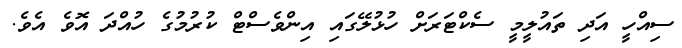
ސިއްހީ އަދި ތައުލީމީ ސެކްޓަރަށް ހުޅުލޭގައި އިންވެސްޓް ކުރުމުގެ ހުއްދަ އޮވެ އެވެ.